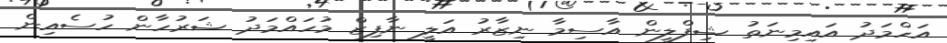
އަހްމަދު އައިމިނަތު ޝިފްލީން އާސިމާ ނިޒާރު އަލީ ނާފިޒް މުހައްމަދު ޝަރުހާން ހުސެއިން